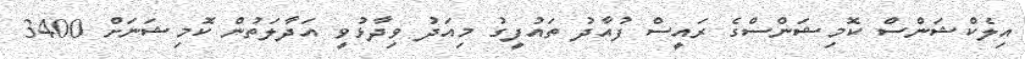
އިލެކްޝަންސް ކޮމިޝަންސްގެ ރައީސް ފުއާދު ތައުފީގު މިއަދު ވިދާޅުވީ އަދާލަތުން ކޮމިޝަނަށް 3400